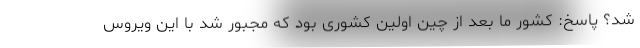
شد؟ پاسخ: کشور ما بعد از چین اولین کشوری بود که مجبور شد با این ویروس